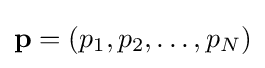
\mathbf {p} =\left(p_{1},p_{2},\ldots ,p_{N}\right)